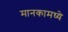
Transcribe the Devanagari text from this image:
मानकामध्ये